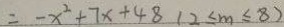
= - x ^ { 2 } + 7 x + 4 8 ( 2 \leq m \leq 8 )